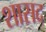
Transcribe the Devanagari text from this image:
शासद